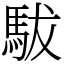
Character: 䮂